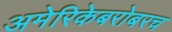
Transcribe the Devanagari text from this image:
अमेरिकेबरोबरच